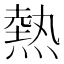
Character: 熱